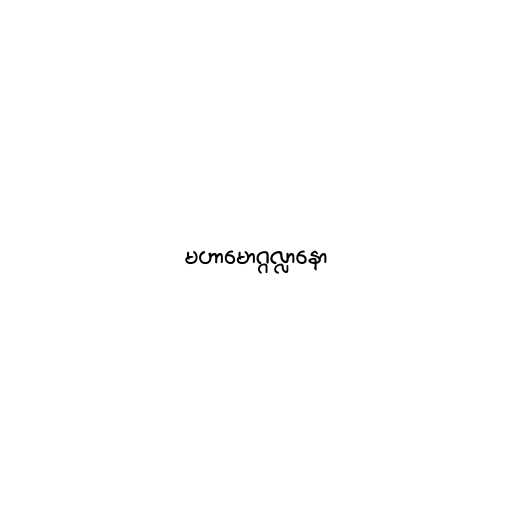
မဟာမောဂ္ဂလ္လာနော